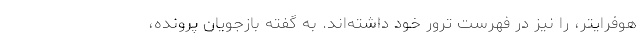
هوفرایتر، را نیز در فهرست ترور خود داشته‌اند. به گفته بازجویان پرونده،